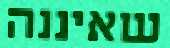
שאיננה